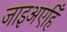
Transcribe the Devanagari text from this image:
जाइअएहिँ